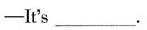
-It's ___.